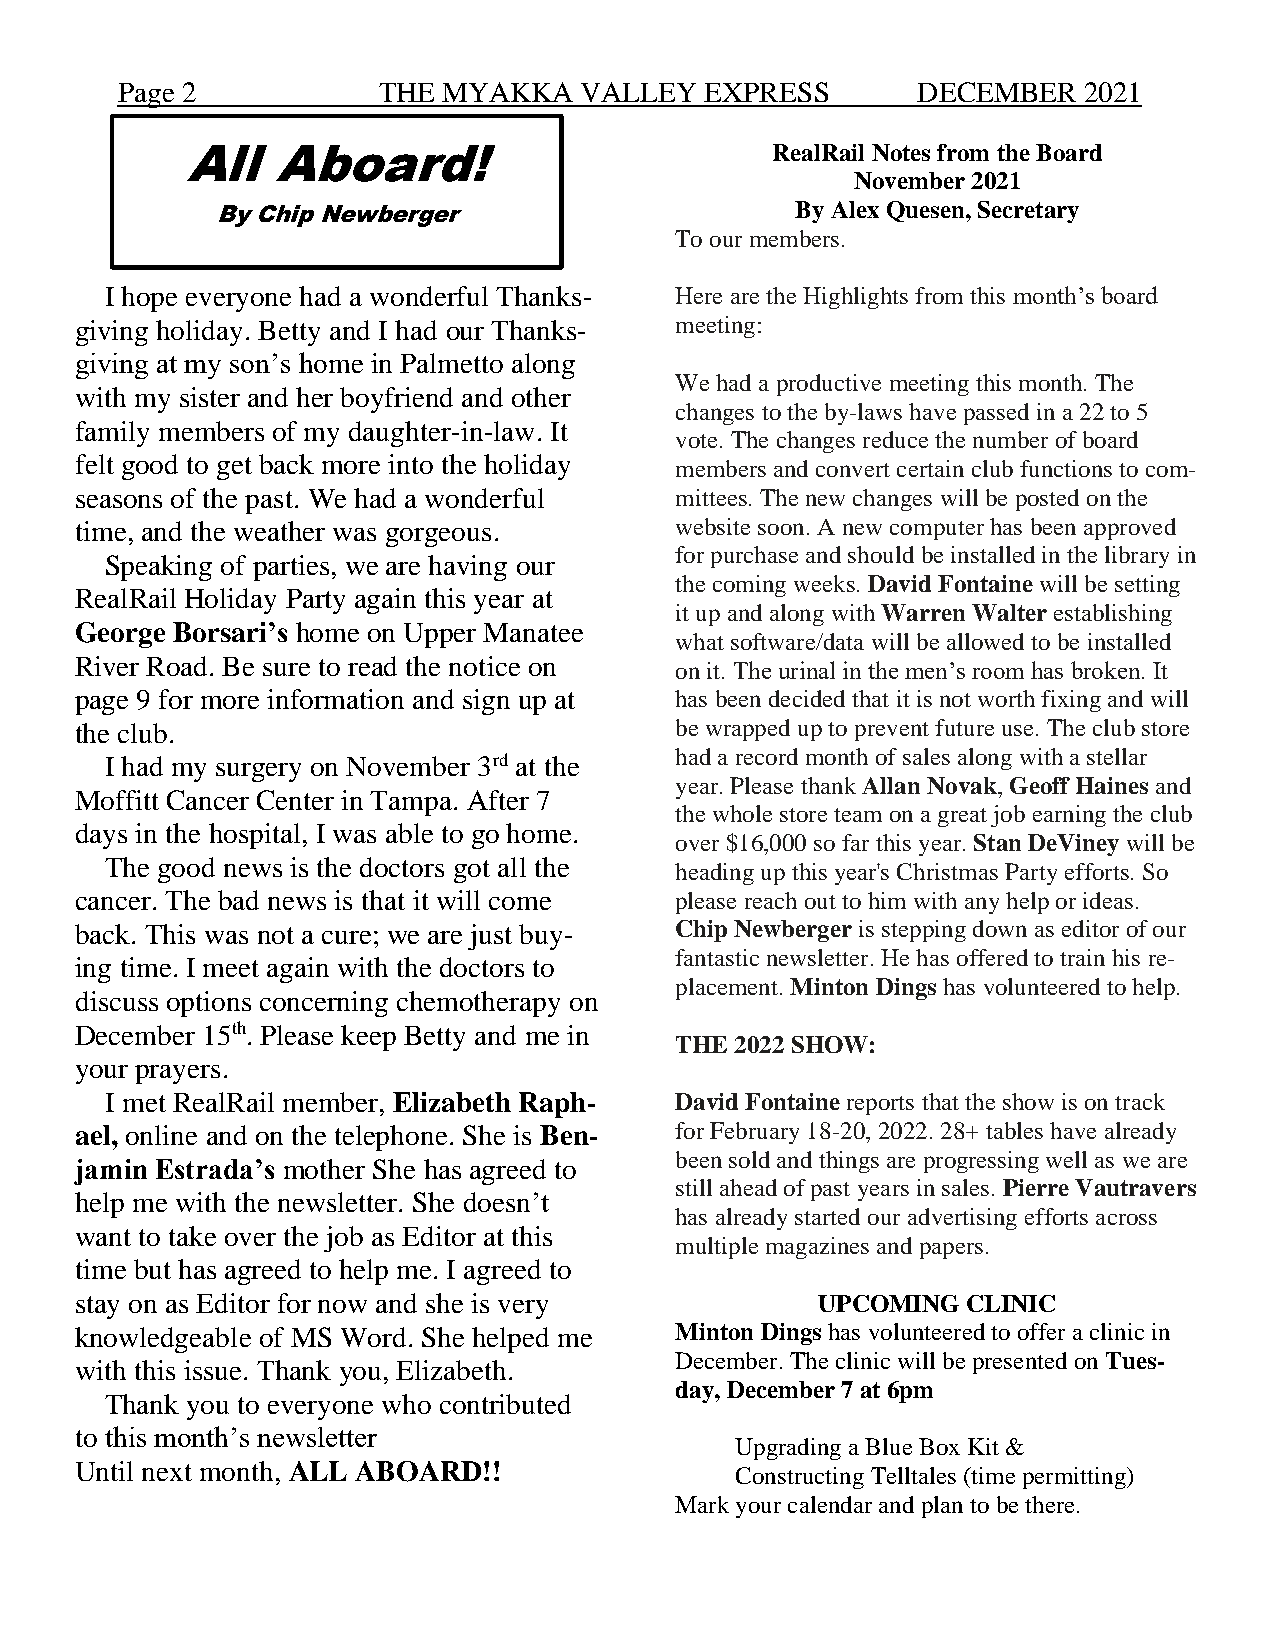
Page 2           THE MYAKKA   VALLEY   EXPRESS       DECEMBER   2021
 All   Aboard!                          RealRail Notes from the Board
 November 2021
 By Chip Newberger                      By Alex Quesen, Secretary
 To our members.
 I hope everyone had a wonderful Thanks- Here are the Highlights from this month’s board
 giving holiday. Betty and I had our Thanks- meeting:
 giving at my son’s home in Palmetto along
 We had a productive meeting this month. The
 with my sister and her boyfriend and other
 changes to the by-laws have passed in a 22 to 5
 family members of my daughter-in-law. It
 vote. The changes reduce the number of board
 felt good to get back more into the holiday
 members and convert certain club functions to com-
 seasons of the past. We had a wonderful mittees. The new changes will be posted on the
 time, and the weather was gorgeous.     website soon. A new computer has been approved
 for purchase and should be installed in the library in
 Speaking of parties, we are having our
 the coming weeks. David Fontaine will be setting
 RealRail Holiday Party again this year at
 it up and along with Warren Walter establishing
 George Borsari’s home on Upper Manatee
 what software/data will be allowed to be installed
 River Road. Be sure to read the notice on
 on it. The urinal in the men’s room has broken. It
 page 9 for more information and sign up at has been decided that it is not worth fixing and will
 the club.                               be wrapped up to prevent future use. The club store
 I had my surgery on November 3rd at the had a record month of sales along with a stellar
 year. Please thank Allan Novak, Geoff Haines and
 Moffitt Cancer Center in Tampa. After 7
 the whole store team on a great job earning the club
 days in the hospital, I was able to go home.
 over $16,000 so far this year. Stan DeViney will be
 The good news is the doctors got all the
 heading up this year's Christmas Party efforts. So
 cancer. The bad news is that it will come please reach out to him with any help or ideas.
 back. This was not a cure; we are just buy- Chip Newberger is stepping down as editor of our
 fantastic newsletter. He has offered to train his re-
 ing time. I meet again with the doctors to
 placement. Minton Dings has volunteered to help.
 discuss options concerning chemotherapy on
 December 15th. Please keep Betty and me in
 THE 2022 SHOW:
 your prayers.
 I met RealRail member, Elizabeth Raph- David Fontaine reports that the show is on track
 ael, online and on the telephone. She is Ben- for February 18-20, 2022. 28+ tables have already
 been sold and things are progressing well as we are
 jamin Estrada’s mother She has agreed to
 still ahead of past years in sales. Pierre Vautravers
 help me with the newsletter. She doesn’t
 has already started our advertising efforts across
 want to take over the job as Editor at this
 multiple magazines and papers.
 time but has agreed to help me. I agreed to
 stay on as Editor for now and she is very        UPCOMING  CLINIC
 knowledgeable of MS Word. She helped me Minton Dings has volunteered to offer a clinic in
 December. The clinic will be presented on Tues-
 with this issue. Thank you, Elizabeth.
 day, December 7 at 6pm
 Thank you to everyone who contributed
 to this month’s newsletter
 Upgrading a Blue Box Kit &
 Until next month, ALL ABOARD!!
 Constructing Telltales (time permitting)
 Mark your calendar and plan to be there.